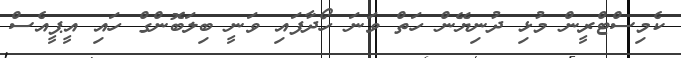
ކެމިސްޓްރީން މުޅި ދުނިޔޭން ހަތް ވަނަ ހޯދާފައި ވަނީ ބިލަބޮންގް ހައި އީޕީއެސް